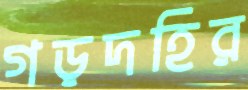
গড়দহির